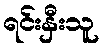
ရင်းနှီးသူ